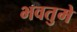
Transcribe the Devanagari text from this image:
भवतुमे